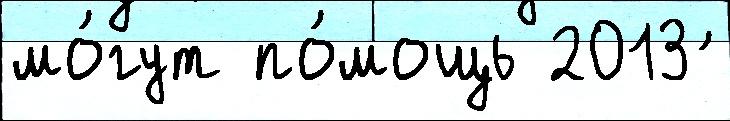
мо́гут по́мощь 2013 ́